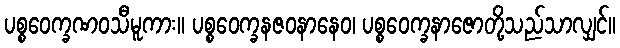
ပစ္စဝေက္ခဏဝသီမူကား။ ပစ္စဝေက္ခနဇဝနာနေဝ၊ ပစ္စဝေက္ခနာဇောတို့သည်သာလျှင်။